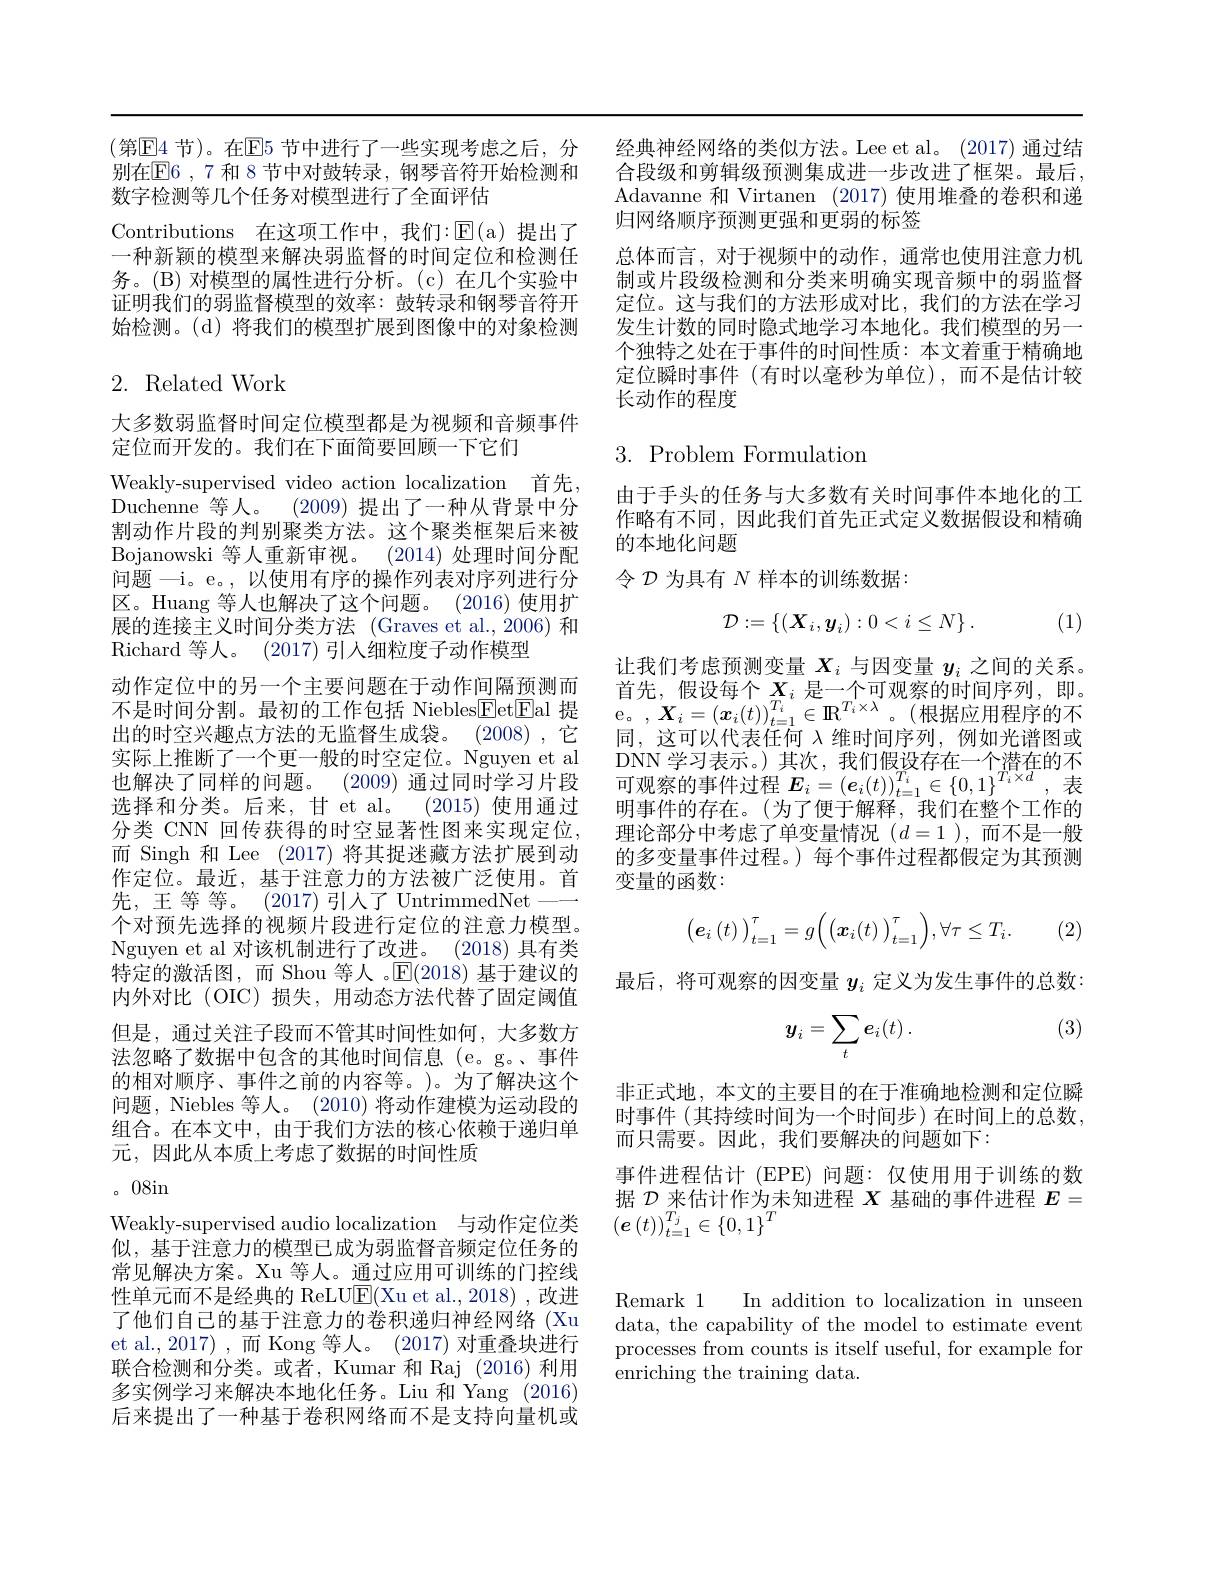
(第E4 节)。在E5 节中进行了一些实现考虑之后，分 经典神经网络的类似方法。Lee et al。(2017)通过结别在E6 ,7 和 8 节中对鼓转录，钢琴音符开始检测和 合段级和剪辑级预测集成进一步改进了框架。最后， 数字检测等几个任务对模型进行了全面评估
Contributions 在这项工作中，我们：$\operatorname{\overline{E}(a)}$提出了一种新颖的模型来解决弱监督的时间定位和检测任务。(B)对模型的属性进行分析。(c)在几个实验中证明我们的弱监督模型的效率：鼓转录和钢琴音符开始检测。(d)将我们的模型扩展到图像中的对象检测

## 2. Related Work

大多数弱监督时间定位模型都是为视频和音频事件
定位而开发的。我们在下面简要回顾一下它们

Weakly-supervised video action localization 首先， Duchenne 等人。(2009)提出了一种从背景中分割动作片段的判别聚类方法。这个聚类框架后来被Bojanowski 等人重新审视。(2014)处理时间分配问题 —i。e。, 以使用有序的操作列表对序列进行分区。Huang 等人也解决了这个问题。(2016)使用扩展的连接主义时间分类方法 (Graves et al.,2006) 和$\operatorname{Richard}$等人。(2017) 引入细粒度子动作模型
动作定位中的另一个主要问题在于动作间隔预测而不是时间分割。最初的工作包括 Niebles$\boxed{\mathrm{F}}$etEal 提出的时空兴趣点方法的无监督生成袋。(2008),它实际上推断了一个更一般的时空定位。Nguyen et al 也解决了同样的问题。(2009) 通过同时学习片段选择和分类。后来，甘 et al。(2015) 使用通过分类 CNN 回传获得的时空显著性图来实现定位， 而 Singh 和 Lee (2017)将其捉迷藏方法扩展到动作定位。最近，基于注意力的方法被广泛使用。首先，王等等。(2017)引人了UntrimmedNet—— 个对预先选择的视频片段进行定位的注意力模型。Nguyen et al 对该机制进行了改进。(2018) 具有类特定的激活图，而 Shou 等人 。$\mathbb{E}(2018)$基于建议的内外对比 (OIC)损失，用动态方法代替了固定阈值但是，通过关注子段而不管其时间性如何，大多数方法忽略了数据中包含的其他时间信息(e。g。、事件的相对顺序、事件之前的内容等。)。为了解决这个问题，Niebles 等人。(2010) 将动作建模为运动段的组合。在本文中，由于我们方法的核心依赖于递归单元，因此从本质上考虑了数据的时间性质
。08in
Weakly-supervised audio localization 与动作定位类似，基于注意力的模型已成为弱监督音频定位任务的常见解决方案。Xu 等人。通过应用可训练的门控线性单元而不是经典的 ReLU$\mathbb{E}($Xu et al., 2018), 改进了他们自己的基于注意力的卷积递归神经网络(Xu et al.,2017),而 Kong 等人。(2017) 对重叠块进行联合检测和分类。或者，Kumar 和 Raj (2016) 利用多实例学习来解决本地化任务。Liu 和 Yang (2016) 后来提出了一种基于卷积网络而不是支持向量机或

Adavanne 和 Virtanen (2017)使用堆叠的卷积和递
归网络顺序预测更强和更弱的标签
总体而言，对于视频中的动作，通常也使用注意力机制或片段级检测和分类来明确实现音频中的弱监督定位。这与我们的方法形成对比，我们的方法在学习发生计数的同时隐式地学习本地化。我们模型的另一个独特之处在于事件的时间性质：本文着重于精确地定位瞬时事件(有时以毫秒为单位),而不是估计较长动作的程度

# $3.{\mathrm{~Problem~Formulation}}$

由于手头的任务与大多数有关时间事件本地化的工作略有不同，因此我们首先正式定义数据假设和精确的本地化问题
令$\mathcal{D}$为具有$N$样本的训练数据：

(1)
$$\mathcal{D}:=\left\{(\boldsymbol{X}_{i},\boldsymbol{y}_{i}):0<i\leq N\right\}.$$
让我们考虑预测变量$X_i$与因变量$y_i$之间的关系首先，假设每个$X_{i}$ 是一个可观察的时间序列，即。e。$,\boldsymbol{X}_i=(\boldsymbol{x}_i(t))_{t=1}^{T_i}\in\mathbf{R}^{T_i\times\lambda}$。(根据应用程序的不同，这可以代表任何$\lambda$维时间序列，例如光谱图或DNN 学习表示。) 其次，我们假设存在一个潜在的不可观察的事件过程 $E_i=(e_i(t))_{t=1}^{T_i}\in\{0,1\}^{T_i\times d}$,表明事件的存在。(为了便于解释，我们在整个工作的理论部分中考虑了单变量情况$(d=1)$,而不是一般的多变量事件过程。)每个事件过程都假定为其预测变量的函数：
$$\begin{pmatrix}\boldsymbol{e}_{i}\left(t\right)\end{pmatrix}_{t=1}^{\tau}=g\bigg(\begin{pmatrix}\boldsymbol{x}_{i}(t)\end{pmatrix}_{t=1}^{\tau}\bigg),\forall\tau\leq T_{i}.$$
(2,

最后，将可观察的因变量$y_i$定义为发生事件的总数：

(3)
$$\boldsymbol{y}_i=\sum_t\boldsymbol{e}_i(t)\:.$$
非正式地，本文的主要目的在于准确地检测和定位瞬时事件 (其持续时间为一个时间步)在时间上的总数， 而只需要。因此，我们要解决的问题如下：
事件进程估计 (EPE) 问题：仅使用用于训练的数据$\mathcal{D}_{\mathrm{~}}$来估计作为未知进程$X$基础的事件进程$E=$ $\left(\boldsymbol{e}\left(t\right)\right)_{t=1}^{T_j}\in\left\{0,1\right\}^T$

Remark 1 In addition to localization in unseen data, the capability of the model to estimate event processes from counts is itself useful, for example for enriching the training data.